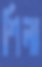
শিলা